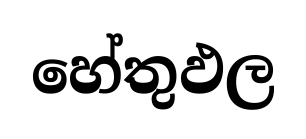
හේතුඵල